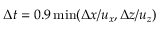
\Delta t = 0 . 9 \operatorname* { m i n } ( \Delta x / u _ { x } , \Delta z / u _ { z } )